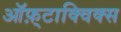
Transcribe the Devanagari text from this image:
ऑफ़्टाक्विक्स